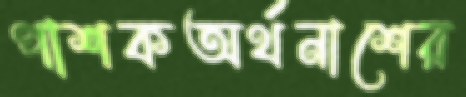
পাশকঅর্থনাশের